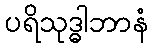
ပရိသုဒ္ဓါဘာနံ